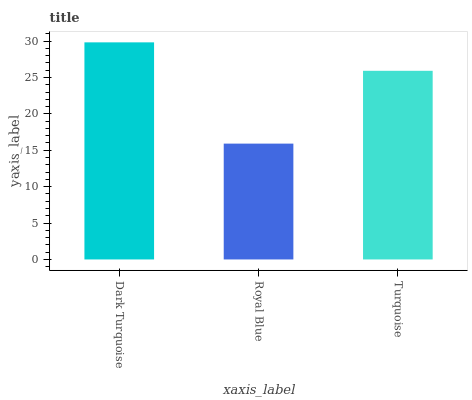
| xaxis_label | bars |
 | --- | --- |
 | Dark Turquoise | 29.8 |
 | Royal Blue | 15.9 |
 | Turquoise | 25.9 |